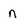
Character: n